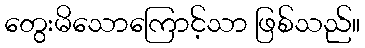
တွေးမိသောကြောင့်သာ ဖြစ်သည်။